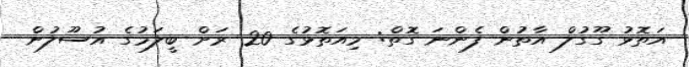
އަތޮޅު ގޫގުލް އާތުން ފެންނަ ގޮތް: މިއަތޮޅުގެ 20 ރަށް ބީލަމުގެ އުސޫލުން